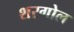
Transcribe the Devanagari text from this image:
शरगोल